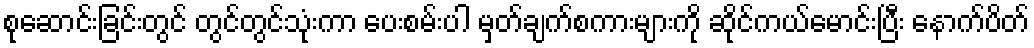
စုဆောင်းခြင်းတွင် တွင်တွင်သုံးကာ ပေးစမ်းပါ မှတ်ချက်စကားများကို ဆိုင်ကယ်မောင်းပြီး နောက်ပိတ်